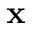
\mathbf { x }